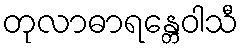
တုလာဓာရန္တေဝါသီ